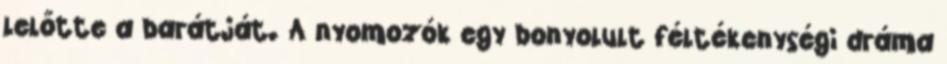
lelőtte a barátját. A nyomozók egy bonyolult féltékenységi dráma